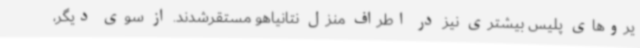
یروهای پلیس بیشتری نیز در اطراف منزل نتانیاهو مستقرشدند. از سوی دیگر،